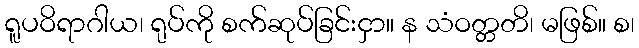
ရူပဝိရာဂါယ၊ ရုပ်ကို စက်ဆုပ်ခြင်းငှာ။ န သံဝတ္တတိ၊ မဖြစ်။ စ၊